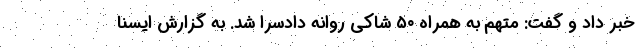
خبر داد و گفت: متهم به همراه ۵۰ شاکی روانه دادسرا شد. به گزارش ایسنا